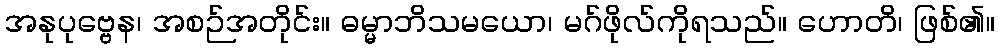
အနုပုဗ္ဗေန၊ အစဉ်အတိုင်း။ ဓမ္မာဘိသမယော၊ မဂ်ဖိုလ်ကိုရသည်။ ဟောတိ၊ ဖြစ်၏။